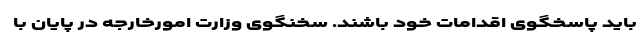
باید پاسخگوی اقدامات خود باشند. سخنگوی وزارت امورخارجه در پایان با